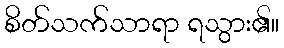
စိတ်သက်သာရာ ရသွား၏။